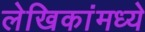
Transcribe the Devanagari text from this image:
लेखिकांमध्ये